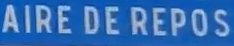
AIRE DE REPOS